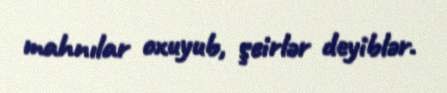
mahnılar oxuyub, şeirlər deyiblər.